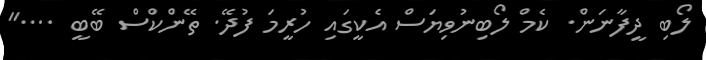
ލޯބި ދީފާނަން. ކެމް ލޯބިނުވިޔަސް އެކީގައި ހުރީމަ ފުދޭ. ތޭންކްސް ބޭބީ ...."